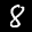
Label: 8